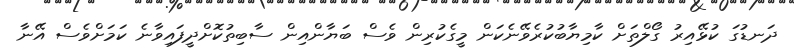
ދަނޑުގަ ކުޅޭއިރު ގޯލްތަށް ކާމިޔާބުކުރެވޭނެކަން މީގެކުރިން ވެސް ބަޔާންއިން ސާބިތުކޮށްދީފައިވާނެ ކަމަށްވެސް އޭނާ